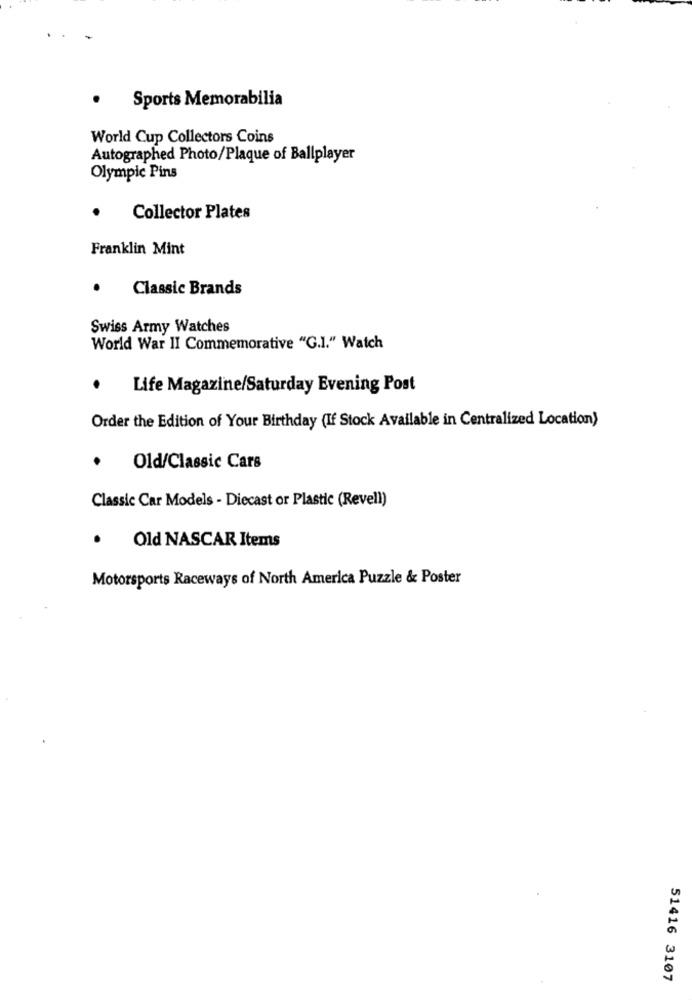
Sports Memorabilia
World Cup Collectors Coins
Autographed Photo/Plaque of Ballplayer
Olympic Pins
Collector Plates
Franklin Mint
.
Classic Brands
Swiss Army Watches
World War II Commemorative "G.I." Watch
·
Life Magazine/Saturday Evening Post
Order the Edition of Your Birthday (If Stock Available in Centralized Location)
. Old/Classic Cars
Classic Car Models - Diecast or Plastic (Revell)
.
Old NASCAR Items
Motorsports Raceways of North America Puzzle & Poster
51416 3107